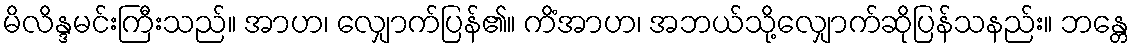
မိလိန္ဒမင်းကြီးသည်။ အာဟ၊ လျှောက်ပြန်၏။ ကိံအာဟ၊ အဘယ်သို့လျှောက်ဆိုပြန်သနည်း။ ဘန္တေ